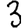
Digit: 3